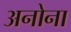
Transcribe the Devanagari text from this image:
अनोना